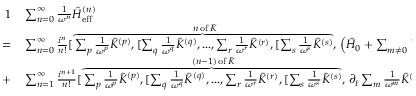
\begin{array} { r l } { { 1 } } & { { } \sum _ { n = 0 } ^ { \infty } \frac { 1 } { \omega ^ { n } } \hat { H } _ { \mathrm { e f f } } ^ { ( n ) } } \\ { = } & { { } \sum _ { n = 0 } ^ { \infty } \frac { i ^ { n } } { n ! } [ \stackrel { n \, \mathrm { o f } \, \hat { K } } { \overbrace { \sum _ { p } \frac { 1 } { \omega ^ { p } } \hat { K } ^ { ( p ) } , [ \sum _ { q } \frac { 1 } { \omega ^ { q } } \hat { K } ^ { ( q ) } , . . . , \sum _ { r } \frac { 1 } { \omega ^ { r } } \hat { K } ^ { ( r ) } , [ \sum _ { s } \frac { 1 } { \omega ^ { s } } \hat { K } ^ { ( s ) } } , } \left( \hat { H } _ { 0 } + \sum _ { m \neq 0 } \hat { V } _ { m } e ^ { i m \omega t } \right) ] ] ] } \\ { + } & { { } \sum _ { n = 1 } ^ { \infty } \frac { i ^ { n + 1 } } { n ! } [ \stackrel { ( n - 1 ) \, \mathrm { o f } \, \hat { K } } { \overbrace { \sum _ { p } \frac { 1 } { \omega ^ { p } } \hat { K } ^ { ( p ) } , [ \sum _ { q } \frac { 1 } { \omega ^ { q } } \hat { K } ^ { ( q ) } , . . . , \sum _ { r } \frac { 1 } { \omega ^ { r } } \hat { K } ^ { ( r ) } , [ \sum _ { s } \frac { 1 } { \omega ^ { s } } \hat { K } ^ { ( s ) } } , } \partial _ { t } \sum _ { m } \frac { 1 } { \omega ^ { m } } \hat { K } ^ { ( m ) } ] ] ] . } \end{array}